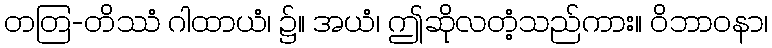
တတြ-တိဿံ ဂါထာယံ၊ ၌။ အယံ၊ ဤဆိုလတံ့သည်ကား။ ဝိဘာဝနာ၊